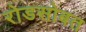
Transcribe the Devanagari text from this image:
रोडसोबत